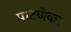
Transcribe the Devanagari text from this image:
पाटणेकर